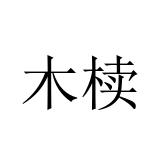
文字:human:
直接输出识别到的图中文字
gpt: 木椟